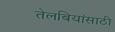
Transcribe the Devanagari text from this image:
तेलबियांसाठी